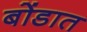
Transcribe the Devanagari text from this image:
बोंडात